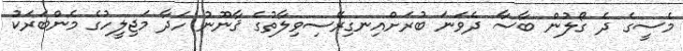
މެސީގެ ދެ ގޯލުން ބާސާ ދެވަނަ ބުރަށްއިނގިރޭސިވިލާތުގެ ޤާނޫނު ހަދާ މަޖިލީހުގެ މެންބަރަކު